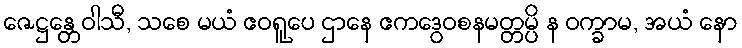
ဇေဋ္ဌန္တေဝါသီ, သစေ မယံ ဧဝရူပေ ဌာနေ ဧကဒွေဝစနမတ္တမ္ပိ န ဝက္ခာမ, အယံ နော